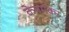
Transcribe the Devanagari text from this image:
केनमेकर